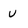
Character: u